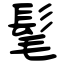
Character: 髦